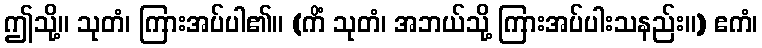
ဤသို့။ သုတံ၊ ကြားအပ်ပါ၏။ (ကိံ သုတံ၊ အဘယ်သို့ ကြားအပ်ပါးသနည်း။) ဧကံ၊